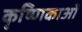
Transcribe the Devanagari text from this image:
कृष्णिकाओं